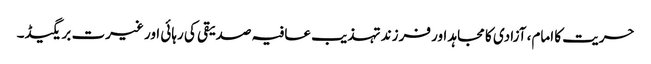
حریت کا امام، آزادی کا مجاہد اور فرزند تہذیب	عافیہ صدیقی کی رہائی اور غیرت بریگیڈ۔